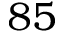
8 5